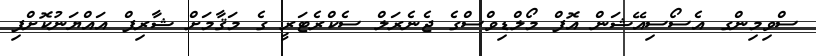
ސްވިމިންގ އެސޯސިއޭޝަން އޮފް މޯލްޑިވްސްގެ ޖެނެރަލް ސެކްރެޓަރީ ގެ މަޤާމަށް ޝާރިފް އައްޔަނުކޮށްފި